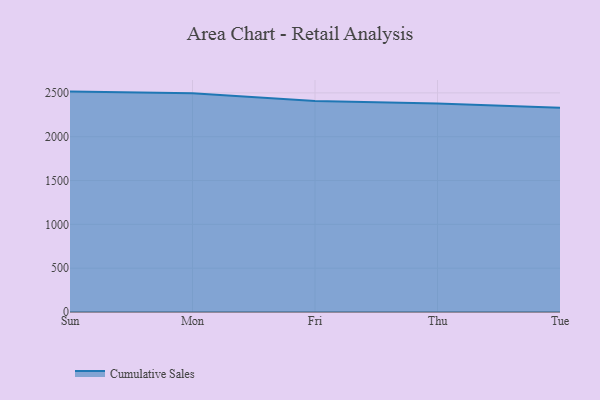
{"axis": {"x": "Day", "y": "Backlog"}, "legend": ["Cumulative Sales"], "data": [{"x": "Sun", "y": 2514.8, "type": "Cumulative Sales"}, {"x": "Mon", "y": 2496.3, "type": "Cumulative Sales"}, {"x": "Fri", "y": 2406.2, "type": "Cumulative Sales"}, {"x": "Thu", "y": 2379.7, "type": "Cumulative Sales"}, {"x": "Tue", "y": 2329.6, "type": "Cumulative Sales"}]}